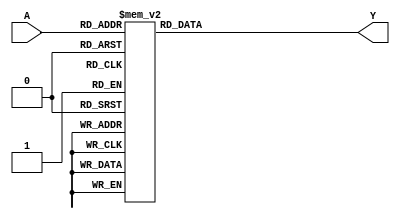
module Decoder3x8 (
    input wire [2:0] A,
    output reg [7:0] Y
);

always @*
begin
    case(A)
        3'b000: Y = 8'b00000001;
        3'b001: Y = 8'b00000010;
        3'b010: Y = 8'b00000100;
        3'b011: Y = 8'b00001000;
        3'b100: Y = 8'b00010000;
        3'b101: Y = 8'b00100000;
        3'b110: Y = 8'b01000000;
        3'b111: Y = 8'b10000000;
        default: Y = 8'b00000000;
    endcase
end

endmodule